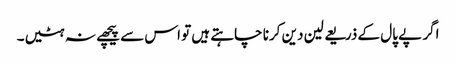
اگر پے پال کے ذریعے لین دین کرنا چاہتے ہیں تو اس سے پیچھے نہ ہٹیں۔